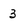
Character: 3